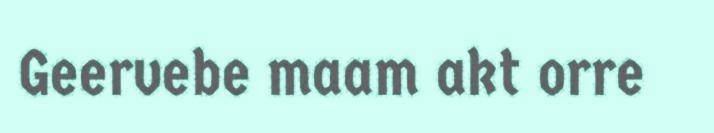
Geervebe maam akt orre